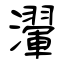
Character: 瀈